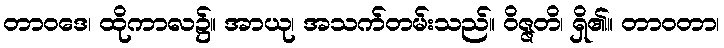
တာဝဒေ၊ ထိုကာလ၌။ အာယု၊ အသက်တမ်းသည်။ ဝိဇ္ဇတိ၊ ရှိ၏။ တာဝတာ၊